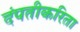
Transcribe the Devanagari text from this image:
दंपतीकरिता